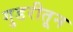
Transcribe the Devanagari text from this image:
गुडरीतून